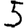
Digit: 5